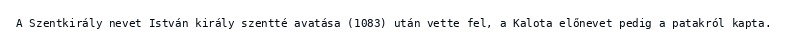
A Szentkirály nevet István király szentté avatása (1083) után vette fel, a Kalota előnevet pedig a patakról kapta.